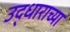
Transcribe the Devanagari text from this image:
उद्धाराच्या